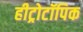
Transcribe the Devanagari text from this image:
हीट्रोटॉपिक